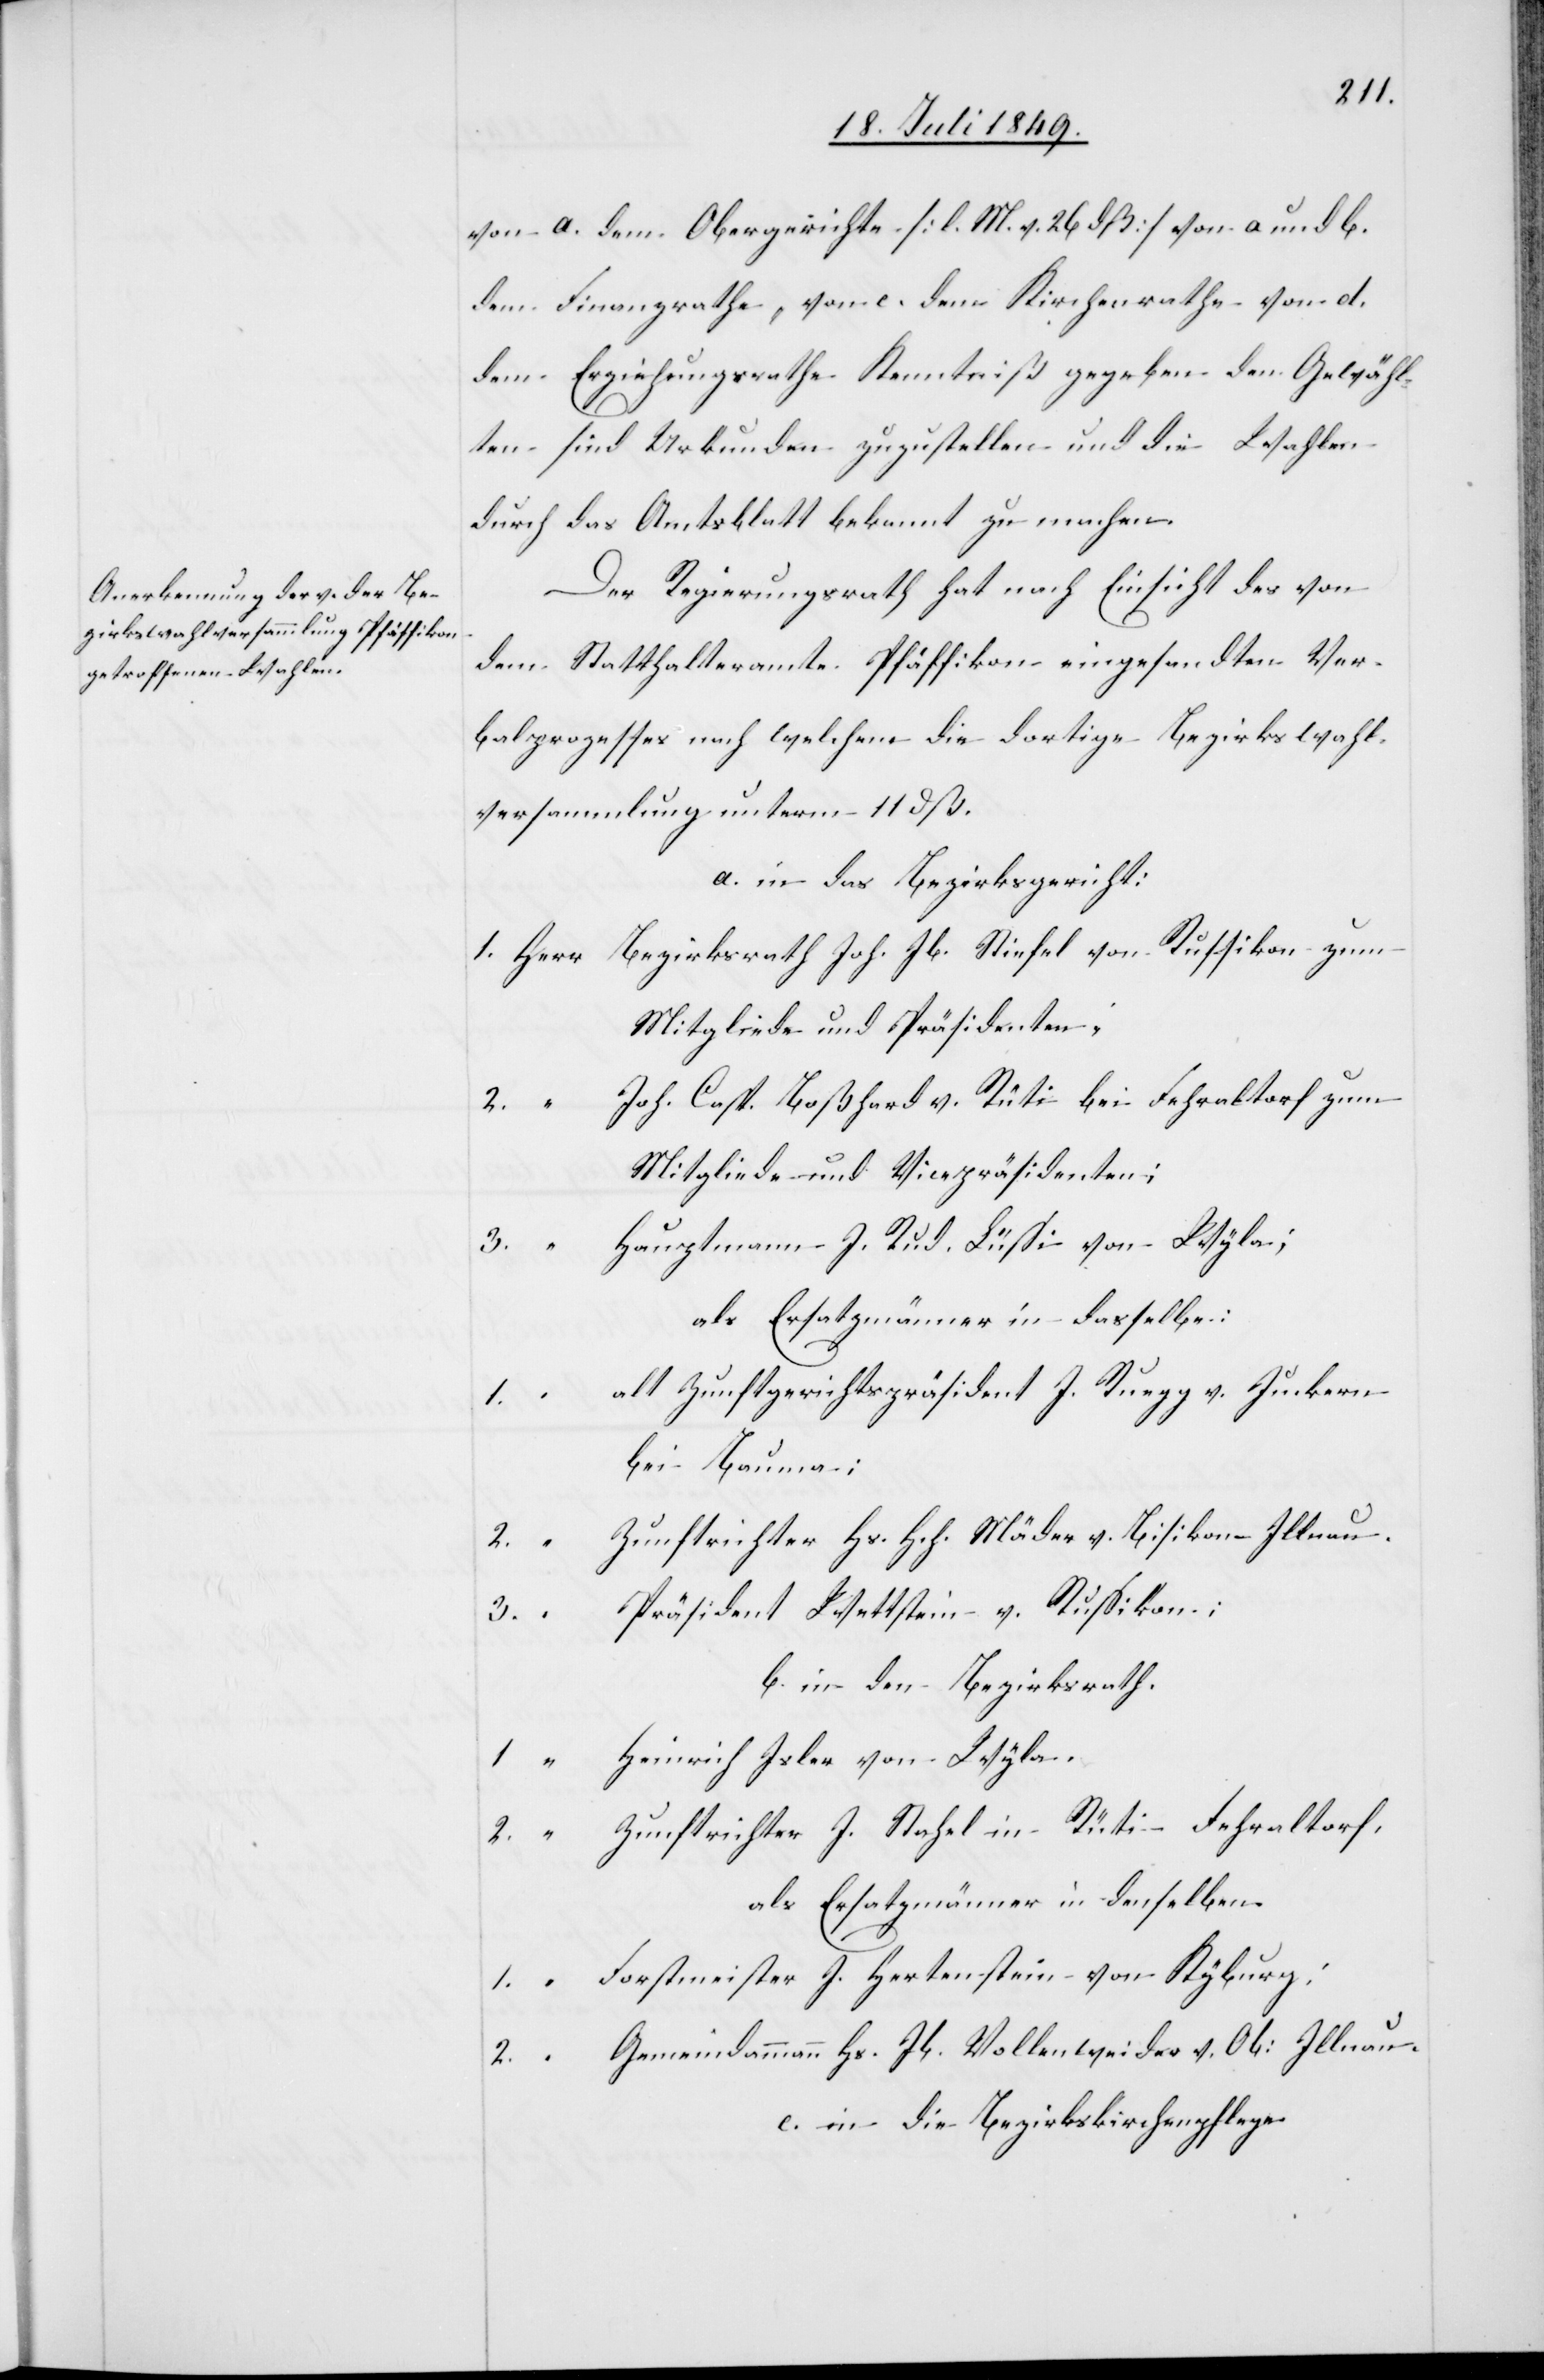
von a. dem Obergerichte [l. M. v. 26 dß] von a und b.
dem Finanzrathe, von c. dem Kirchenrathe von d.
dem Erziehungsrathe Kenntniß gegeben den Gewähl¬
ten sind Urkunden zuzustellen und die Wahlen
durch das Amtsblatt bekannt zu machen.
Der Regierungsrath hat nach Einsicht des von
dem Statthalteramte Pfäffikon eingesandten Ver¬
balprozesses nach welchem die dortige Bezirkswahl¬
versammlung unterm 11 dß.
a. in das Bezirksgericht:
1.	Herr	Bezirksrath Joh. Jb. Stiefel von Russikon zum
Mitgliede und Präsidenten;
Casp. Boßhard v. Rüti bei Fehraltorf zum
Mitgliede und Vicepräsidenten;
auptmann J. Rud. Lüssi von Wyla;
3.		“	P¬
als Ersatzmänner in dasselbe:
Zunftgerichtspräsident J. Ruegg v. Junkern
Wyla.
bei Bauma;
2.		“	Zunftrichter Hs. Hch. Mäder v. Bisikon Illnau.
räsident Wettstein v. Russikon;
b. in den Bezirksrath.
2.		“	Zunftrichter J. Stahel in Rüti Fehraltorf,
als Ersatzmänner in denselben.
1.		“	Forstmeister J. Hertenstein von Kyburg;
2.		“	Gemeindammann Hs. Jb. Vollenweider v. Ob: Illnau.
c. in die Bezirkskirchenpflege.